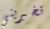
تخبرينى